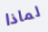
لماذا